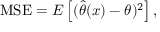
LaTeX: \mathrm { M S E } = E \left[ ( { \widehat { \theta } } ( x ) - \theta ) ^ { 2 } \right] ,